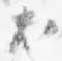
尤